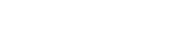
ဒါ လျှော့ပြီးသားလား။